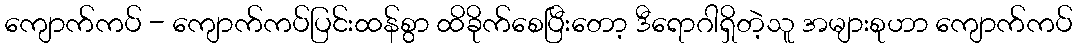
ကျောက်ကပ် - ကျောက်ကပ်ပြင်းထန်စွာ ထိခိုက်စေပြီးတော့ ဒီရောဂါရှိတဲ့သူ အများစုဟာ ကျောက်ကပ်